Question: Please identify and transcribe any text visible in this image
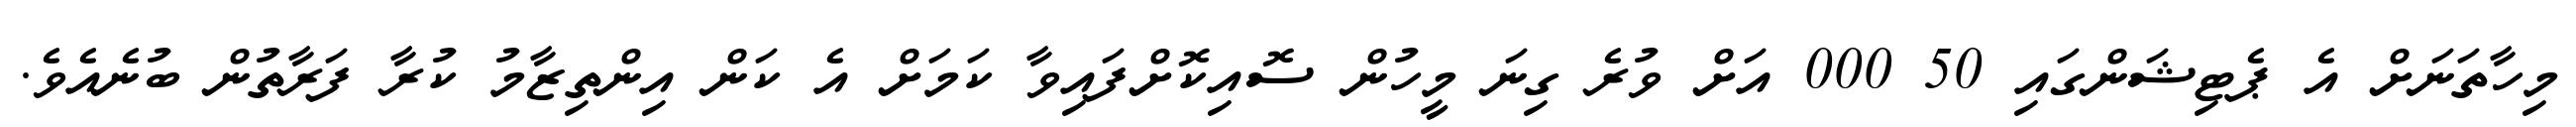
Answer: މިހާތަނަށް އެ ޕެޓިޝަންގައި 50 000 އަށް ވުރެ ގިނަ މީހުން ސޮއިކޮށްފައިވާ ކަމަށް އެ ކަން އިންތިޒާމު ކުރާ ފަރާތުން ބުނެއެވެ.